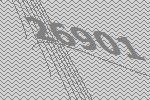
26901